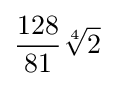
{\frac {128}{81}}{\sqrt[{4}]{2}}